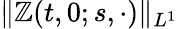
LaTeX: \| \mathbb{Z}(t,0;s,\cdot)\| _{L^{1}}